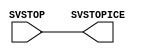
module svmodif(SVSTOP,SVSTOPICE);
   input SVSTOP;
   output SVSTOPICE;
   assign SVSTOPICE = SVSTOP;
endmodule